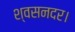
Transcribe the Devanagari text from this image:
श्वसनदर।